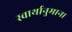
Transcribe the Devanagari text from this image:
स्वार्थानुमान।